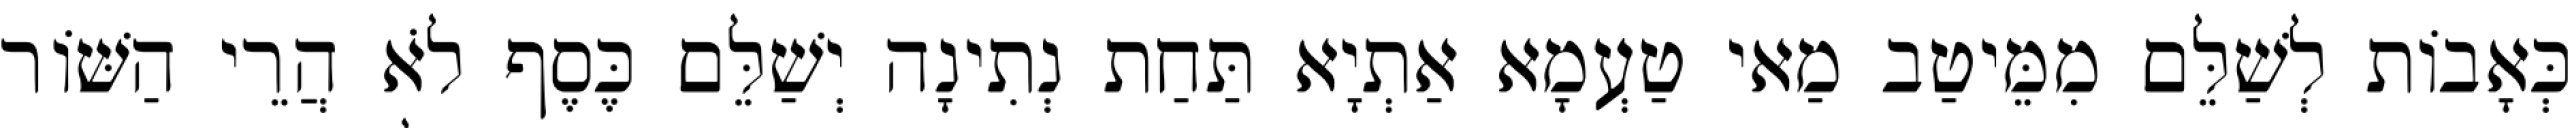
כְּאָבוֹת לְשַׁלֵּם מִמֵּיטַב מַאי טַעְמָא אַתְיָא תַּחַת נְתִינָה יְשַׁלֵּם כֶּסֶף לֹא הֲרֵי הַשּׁוֹר